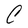
Character: C